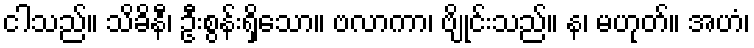
ငါသည်။ သိခိနီ၊ ဦးစွန်းရှိသော။ ဗလာကာ၊ ဗျိုင်းသည်။ န၊ မဟုတ်။ အဟံ၊